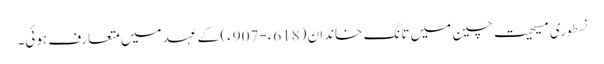
نسطوری مسیحیت چین میں تانگ خاندان (618ء-907ء) کے عہد میں متعارف ہوئی۔